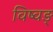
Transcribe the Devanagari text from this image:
विष्वङ्